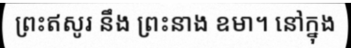
ព្រះឥសូរ នឹង ព្រះនាង ឧមា។ នៅក្នុង